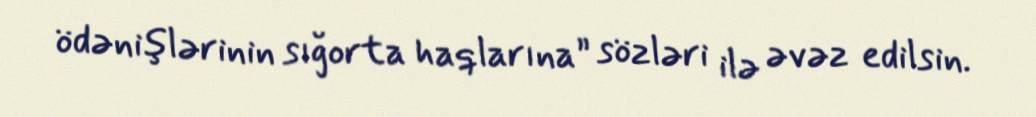
ödənişlərinin sığorta haqlarına” sözləri ilə əvəz edilsin.